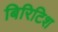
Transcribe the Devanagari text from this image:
बिरिटिश